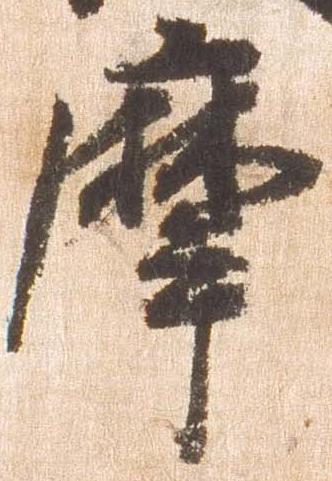
摩